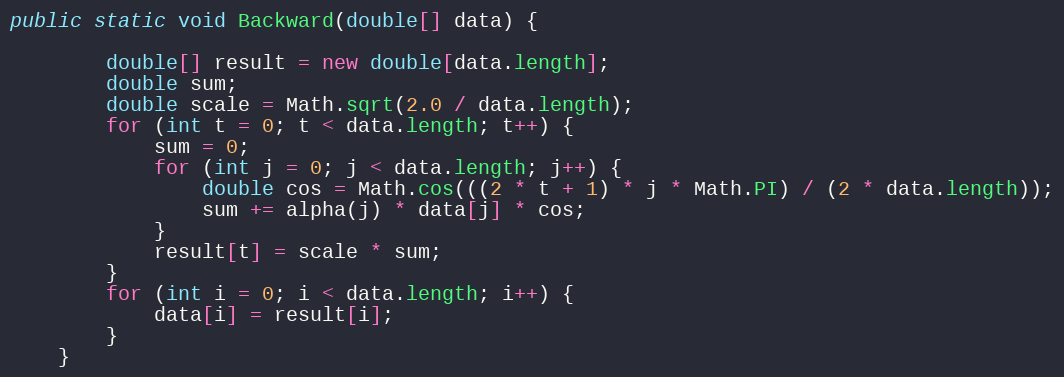
Language: Java
public static void Backward(double[] data) {

        double[] result = new double[data.length];
        double sum;
        double scale = Math.sqrt(2.0 / data.length);
        for (int t = 0; t < data.length; t++) {
            sum = 0;
            for (int j = 0; j < data.length; j++) {
                double cos = Math.cos(((2 * t + 1) * j * Math.PI) / (2 * data.length));
                sum += alpha(j) * data[j] * cos;
            }
            result[t] = scale * sum;
        }
        for (int i = 0; i < data.length; i++) {
            data[i] = result[i];
        }
    }